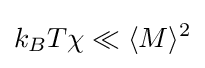
k_{B}T\chi \ll \langle M\rangle ^{2}